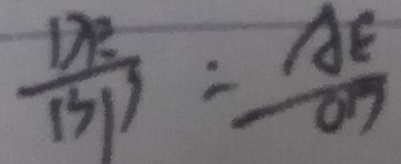
\frac { D F } { B P } = \frac { A E } { O D }